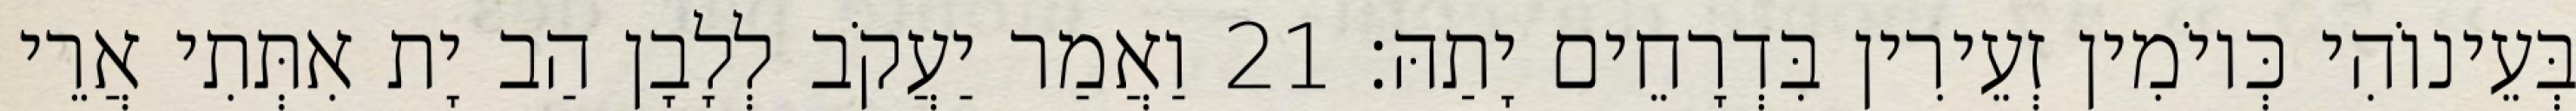
בְּעֵינוֹהִי כְּיוֹמִין זְעֵירִין בִּדְרָחֵים יָתַהּ׃ 21 וַאֲמַר יַעֲקֹב לְלָבָן הַב יָת אִתְּתִי אֲרֵי